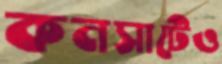
কনসার্টেও